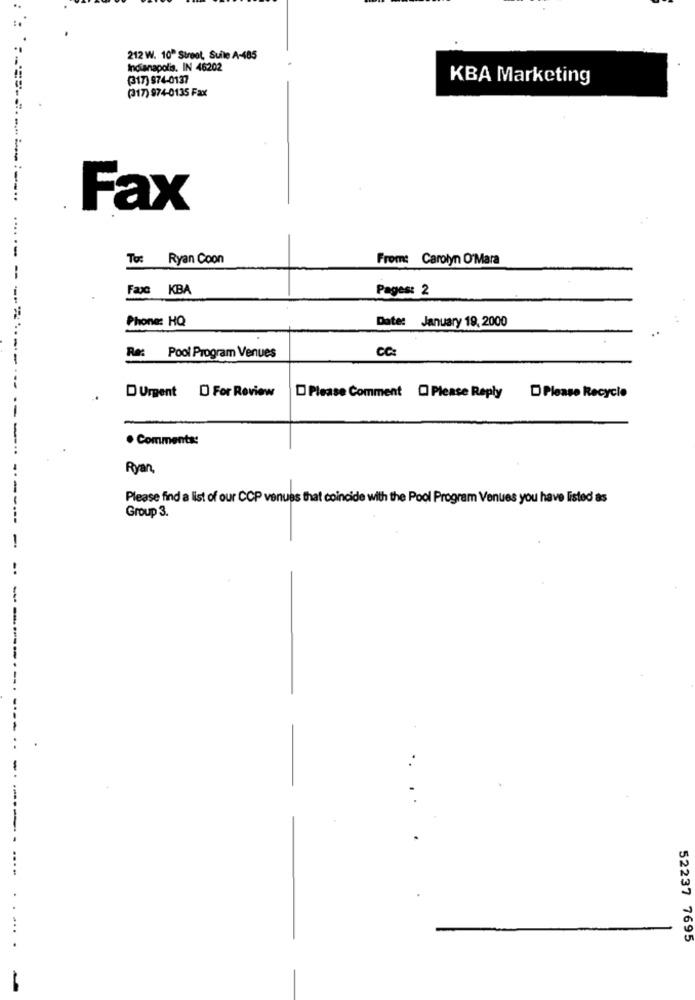
212 W. 10" Street, Sulle A-485
Indianapolis. IN 46202
(317) 974-0137
KBA Marketing
(317) 974-0135 Fax
Fax
-
To: Ryan Coon
From: Carolyn O'Mara
--
Fac KBA
Pages: 2
Date: January 19, 2000
Phone: HQ
-
Re: Pool Program Venues
CC:
D Urgent D For Review
D Please Comment [ Please Reply
Please Recycle
--
. Comments:
Ryan,
Please find a list of our CCP venues that coincide with the Pool Program Venues you have listed as
Group 3.
-------
-
-.
-
...--------- ------ -.
..
...
52237 7695